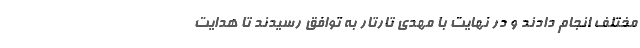
مختلف انجام دادند و در نهایت با مهدی تارتار به توافق رسیدند تا هدایت